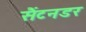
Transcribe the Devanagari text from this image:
सैंटनडर